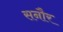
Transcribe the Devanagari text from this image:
सनौर